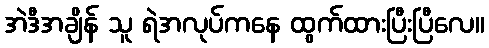
အဲဒီအချိန် သူ ရဲအလုပ်ကနေ ထွက်ထားပြီးပြီလေ။